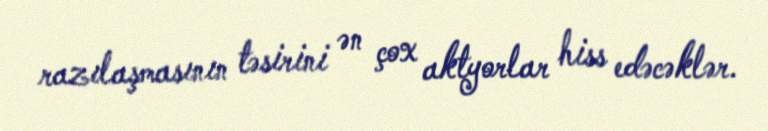
razılaşmasının təsirini ən çox aktyorlar hiss edəcəklər.